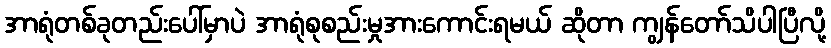
အာရုံတစ်ခုတည်းပေါ်မှာပဲ အာရုံစုစည်းမှုအားကောင်းရမယ် ဆိုတာ ကျွန်တော်သိပါပြီလို့